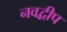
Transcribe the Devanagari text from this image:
नवद्बीप